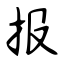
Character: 报